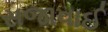
સજાવાઈ